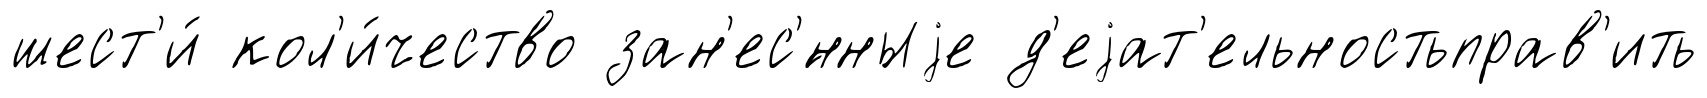
шест'и́ кол'и́чество зан'ес'́нныjе д'еjат'ельностьправ'ить